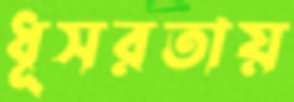
ধূসরতায়